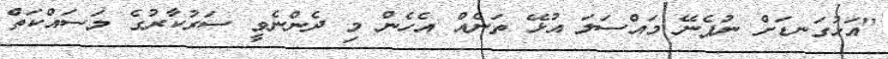
"އަޅުގަނޑަށް ނުފެނޭ މައްސަލަ އުޅޭ ތަނެއް އެހެން މި ދެންނެވީ ސަރުކާރުގެ މަސައްކަތް